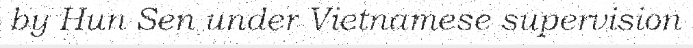
by Hun Sen under Vietnamese supervision